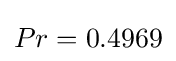
Pr=0.4969